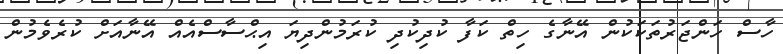
ހާސް ހަންޖަރުތަކަކުން އޭނާގެ ހިތް ކަފާ ކުދިކުދި ކުރަމުންދިޔަ އިޙްސާސްއެއް އޭނާއަށް ކުރެވެމުން